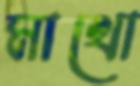
মাখো